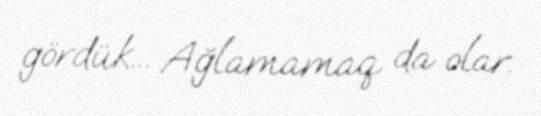
gördük... Ağlamamaq da olar.